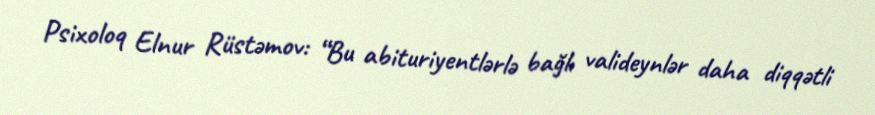
Psixoloq Elnur Rüstəmov: “Bu abituriyentlərlə bağlı valideynlər daha diqqətli